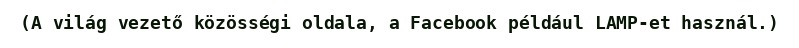
(A világ vezető közösségi oldala, a Facebook például LAMP-et használ.)